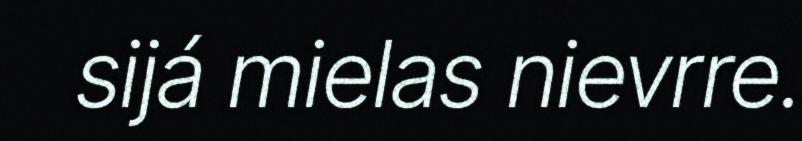
sijá mielas nievrre.